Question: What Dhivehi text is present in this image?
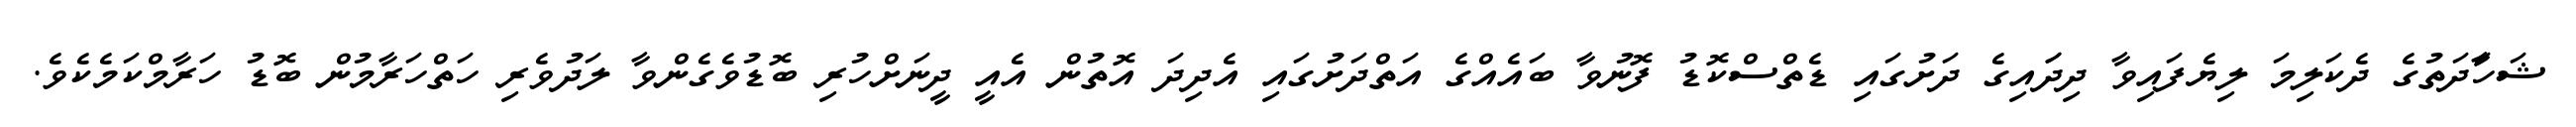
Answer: ޝަހާަދަތުގެ ދެކަލިމަ ލިޔެފައިވާ ދިދަައިގެ ދަށުގައި ޑެތްސްކޮޑު ފޮނުވާ ބައެއްގެ އަތްދަށުގައި އެދިދަ އޮތުން އެއީ ދީނަށްހުރި ބޮޑުވެގެންވާ ލަދުވެރި ހަތްހަރާމުން ބޮޑު ހަރާމްކަމެކެވެ.